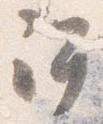
許